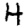
Digit: 4